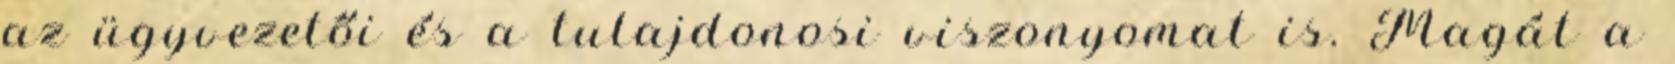
az ügyvezetői és a tulajdonosi viszonyomat is. Magát a